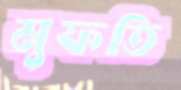
মুফতি